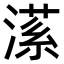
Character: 𣼒